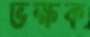
ভক্ষক